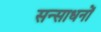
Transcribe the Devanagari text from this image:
सन्साधनों